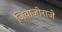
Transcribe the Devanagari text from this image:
जिवाजीराजे